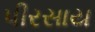
પીરસાય